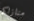
منازلكم